Report on the administration of the Government Cinchona Department 1892-98
Year: 1892
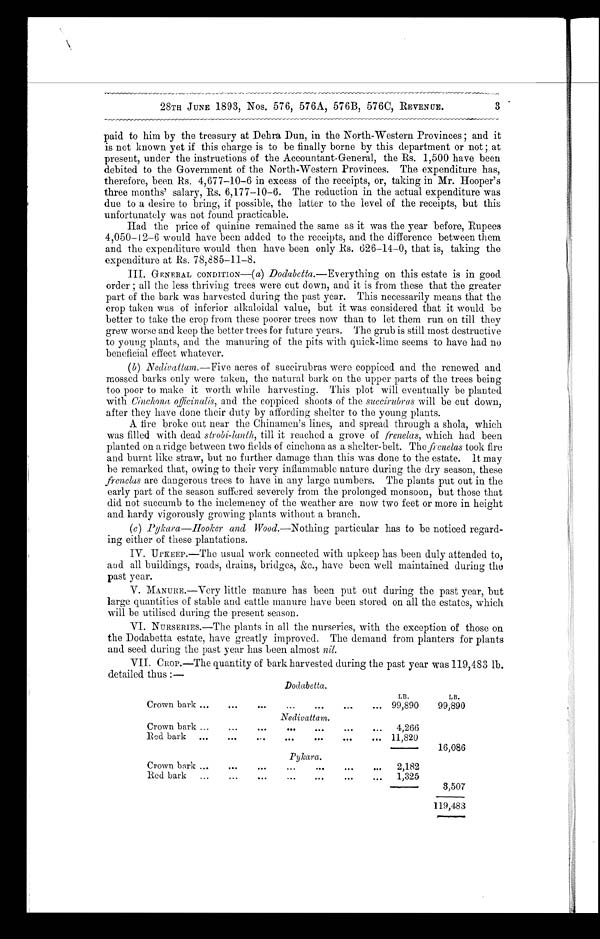
28TH JUNE 1893, Nos. 576, 576A, 576B, 576C, REVENUE.
paid to him by the treasury at Dehra Dun, in the North-Western Provinces; and it
is not known yet if this charge is to be finally borne by this department or not; at
present, under the instructions of the Accountant-General, the Rs. 1,500 have been
debited to the Government of the North-Western Provinces. The expenditure has,
therefore, been Rs. 4,677–10–6 in excess of the receipts, or, taking in Mr. Hooper's
three months' salary, Rs. 6,177–10–6. The reduction in the actual expenditure was
due to a desire to bring, if possible, the latter to the level of the receipts, but this
unfortunately was not found practicable.
Had the price of quinine remained the same as it was the year before, Rupees
4,050–12–6 would have been added to the receipts, and the difference between them
and the expenditure would then have been only Rs. 626–14–0, that is, taking the
expenditure at Rs. 78,885-11-8.
III. GENERAL CONDITION—( a) Dodabetta.—Everything on this estate is in good
order; all the less thriving trees were cut down, and it is from these that the greater
part of the bark was harvested during the past year. This necessarily means that the
crop taken was of inferior alkaloidal value, but it was considered that it would be
better to take the crop from these poorer trees now than to let them run on till they
grew worse and keep the better trees for future years. The grub is still most destructive
to young plants, and the manuring of the pits with quick-lime seems to have had no
beneficial effect whatever.
(b) Nedivattam.—Five acres of succirubras were coppiced and the renewed and
mossed barks only were taken, the natural bark on the upper parts of the trees being
too poor to make it worth while harvesting. This plot will eventually be planted
with Cinchona officinalis, and the coppiced shoots of the succirubras will be cut down,
after they have done their duty by affording shelter to the young plants.
A fire broke out near the Chinamen's lines, and spread through a shola, which
was filled with dead strobi-lanth, till it reached a grove of frenelas, which had been
planted on a ridge between two fields of cinchona as a shelter-belt. The frenelas took fire
and burnt like straw, but no further damage than this was done to the estate. it may
be remarked that, owing to their very inflammable nature during the dry season, these
frenclas are dangerous trees to have in any large numbers. The plants put out in the
early part of the season suffered severely from the prolonged monsoon, but those that
did not succumb to the inclemency of the weather are now two feet or more in height
and hardy vigorously growing plants without a branch.
(c) Pykara—Hooker and Wood.—Nothing particular has to be noticed regard-
-ing either of these plantations.
IV. UPKEEP.—The usual work connected with upkeep has been duly attended to,
and all buildings, roads, drains, bridges, &c., have been well maintained during the
past year.
V. MANURE.—Very little manure has been put out during the past year, but
large quantities of stable and cattle manure have been stored on all the estates, which
will be utilised during the present season.
VI. NURSERIES.—The plants in all the nurseries, with the exception of those on
the Dodabetta estate, have greatly improved. The demand from planters for plants
and seed during the past year has been almost nil.
VII. CROP.—The quantity of bark harvested during the past year was 119,483 lb.
detailed thus:—
Dodabetta.
LB.
LB.
Crown bark . . . 99,890
99,890
Nedivattam.
Crown bark
. . .
4,266
R ed bark
. . . 11,820
16,086
Pykara.
C rown bark
. . .
2,182
Red bark
. . .
1,325
3,507
119,483
3